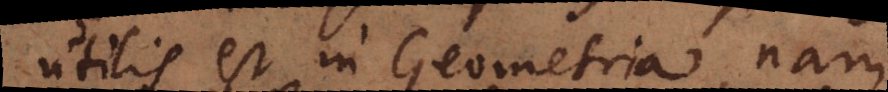
utilis est in Geometria, nam